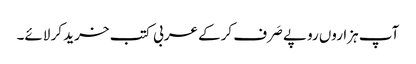
آپ ہزاروں روپے صَرف کرکے عربی کتب خرید کر لائے۔